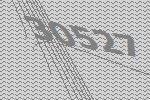
30527